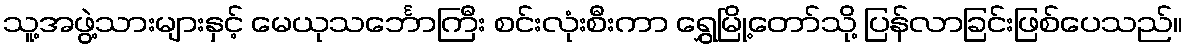
သူ့အဖွဲ့သားများနှင့် မေယုသင်္ဘောကြီး စင်းလုံးစီးကာ ရွှေမြို့တော်သို့ ပြန်လာခြင်းဖြစ်ပေသည်။